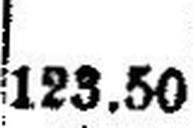
123.50